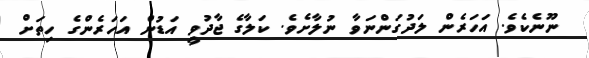
ނޫނެކެވެ. އަހަރެން ލަދުގަންނަވާ ނުލާށެވެ. ކަލާގެ ޖާދުވީ އަޑުން އަހަރެންގެ ހިތަށް